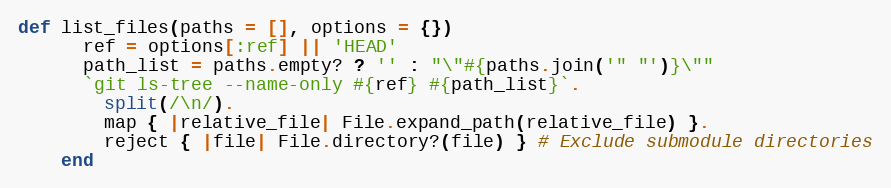
Language: Ruby
def list_files(paths = [], options = {})
      ref = options[:ref] || 'HEAD'
      path_list = paths.empty? ? '' : "\"#{paths.join('" "')}\""
      `git ls-tree --name-only #{ref} #{path_list}`.
        split(/\n/).
        map { |relative_file| File.expand_path(relative_file) }.
        reject { |file| File.directory?(file) } # Exclude submodule directories
    end